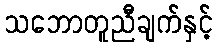
သဘောတူညီချက်နှင့်